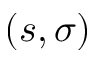
( s , \sigma )